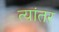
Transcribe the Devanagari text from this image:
त्यांतर